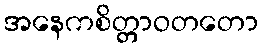
အနေကစိတ္တာဝတတော